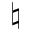
\natural